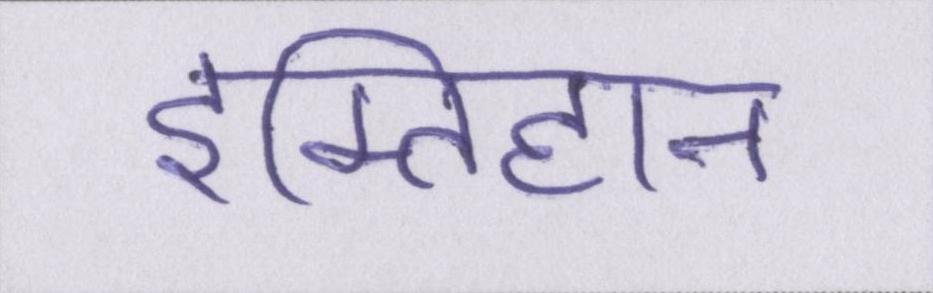
इम्तिहान